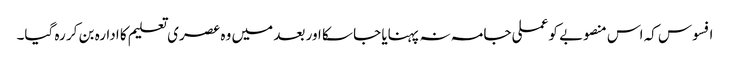
افسوس کہ اس منصوبے کو عملی جامہ نہ پہنایا جا سکا اور بعد میں وہ عصری تعلیم کا ادارہ بن کر رہ گیا۔